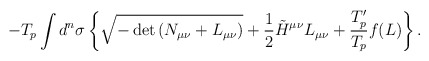
\begin{align*}-T_p \int d^n \sigma \left\{ \sqrt{-\det{\left( N_{\mu \nu}+L_{\mu \nu}\right)}}+\frac{1}{2}\tilde{H}^{\mu \nu}L_{\mu \nu} +{T'_p \over T_p}f(L)\right\} .\end{align*}